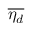
\overline { { \eta _ { d } } }